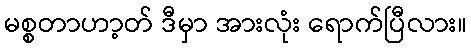
မစ္စတာဟာ့တ် ဒီမှာ အားလုံး ရောက်ပြီလား။